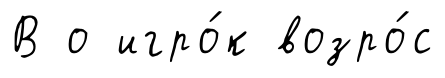
В о игро́к возро́с